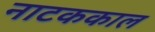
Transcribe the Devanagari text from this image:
नाटककाल